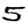
Digit: 5